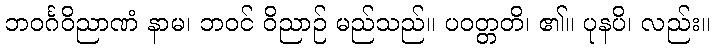
ဘဝင်္ဂဝိညာဏံ နာမ၊ ဘဝင် ဝိညာဉ် မည်သည်။ ပဝတ္တတိ၊ ၏။ ပုနပိ၊ လည်း။